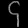
Digit: ၄